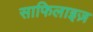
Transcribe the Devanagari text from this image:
साफिलाइज़